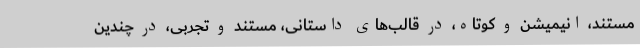
مستند، انيميشن و کوتاه، در قالب‌های داستانی، مستند و تجربی، در چندین